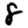
Digit: 8